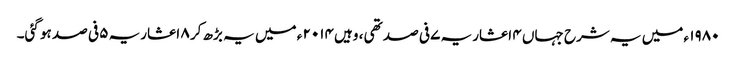
۱۹۸۰ ء میں یہ شرح جہاں ۴ اعشاریہ ۷ فی صد تھی ، وہیں ۲۰۱۴ ء میں یہ بڑھ کر ۸ اعشاریہ ۵ فی صد ہو گئی۔